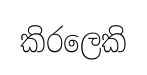
කිරලෙකි